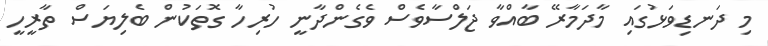
މި ދަނޑިވަޅުގައި މާދަމާރޭ ބާއްވާ ޖަލްސާވެސް ވެގެންދާނީ ހުރިހާ ގޮތަކުން ބެލިޔަސް ތާރީހީ